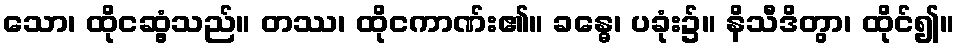
သော၊ ထိုငဆွံ့သည်။ တဿ၊ ထိုငကာဏ်း၏။ ခန္ဓေ၊ ပခုံး၌။ နိသီဒိတွာ၊ ထိုင်၍။